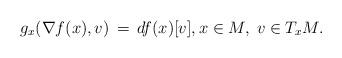
LaTeX: \begin{align*}g_x (\nabla f(x), v ) \,=\, df(x)[v], x \in M, \; v \in T_x M .\end{align*}